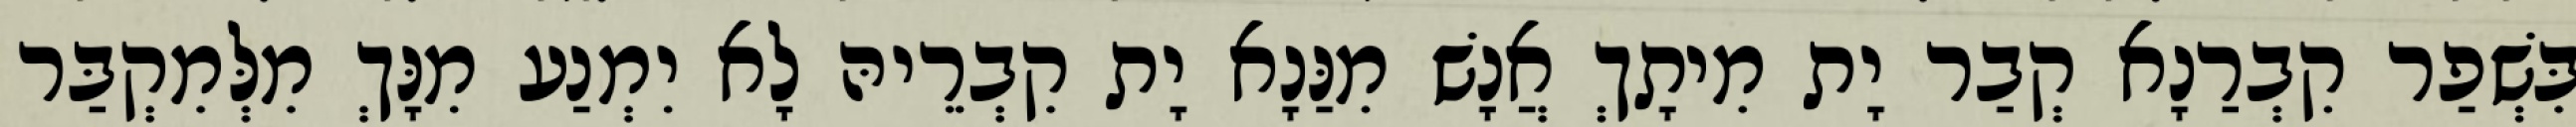
בִּשְׁפַר קִבְרַנָא קְבַר יָת מִיתָךְ אֲנָשׁ מִנַּנָא יָת קִבְרֵיהּ לָא יִמְנַע מִנָּךְ מִלְּמִקְבַּר